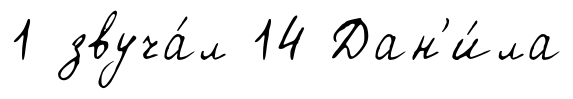
1 звуча́л 14 Дан'и́ла